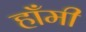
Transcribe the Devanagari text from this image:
हाँमी